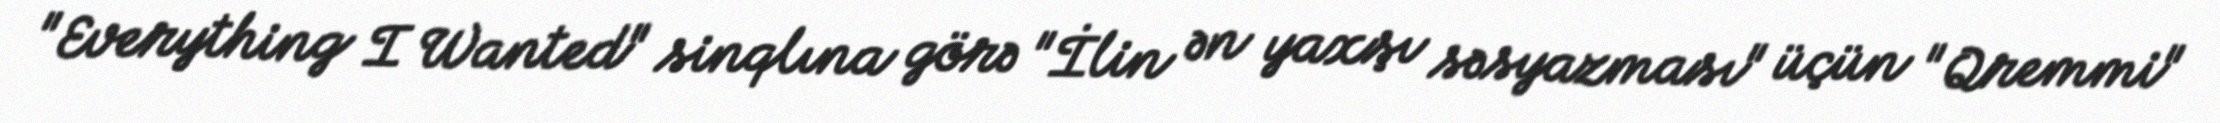
"Everything I Wanted" sinqlına görə "İlin ən yaxşı səsyazması" üçün "Qremmi"